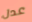
عدل